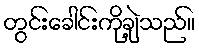
တွင်းခေါင်းကိုချဲ့သည်။